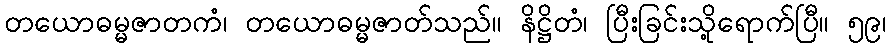
တယောဓမ္မဇာတကံ၊ တယောဓမ္မဇာတ်သည်။ နိဋ္ဌိတံ၊ ပြီးခြင်းသို့ရောက်ပြီ။ ၅၉၊